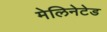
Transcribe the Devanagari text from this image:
मेलिनेटेड